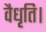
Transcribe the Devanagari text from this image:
वैधृति।